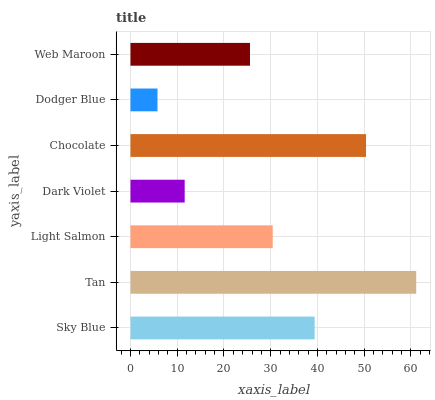
| yaxis_label | bars |
 | --- | --- |
 | Sky Blue | 39.4 |
 | Tan | 61.1 |
 | Light Salmon | 30.4 |
 | Dark Violet | 11.6 |
 | Chocolate | 50.4 |
 | Dodger Blue | 5.78 |
 | Web Maroon | 25.6 |